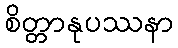
စိတ္တာနုပဿနာ